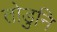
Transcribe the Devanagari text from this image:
तोडुनि